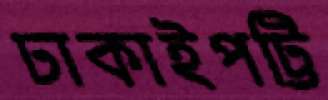
ঢাকাইপট্টি